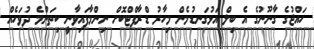
ހައްޖުގެ ގާނޫނުގެ އެ ބިލް އަޅުގަނޑުމެން މިހާރު ޑްރާފްޓްކޮށް ނިންމާފައިވާނީ ކިތަންމެ ދުވަހެއް